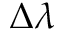
\Delta \lambda